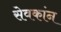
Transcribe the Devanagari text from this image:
सेवकांन